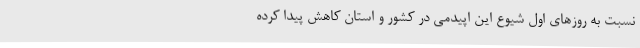
نسبت به روزهای اول شیوع این اپیدمی در کشور و استان کاهش پیدا کرده